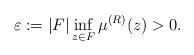
LaTeX: \begin{align*}\varepsilon:=|F|\inf_{z \in F} \mu^{(R)}(z)>0.\end{align*}